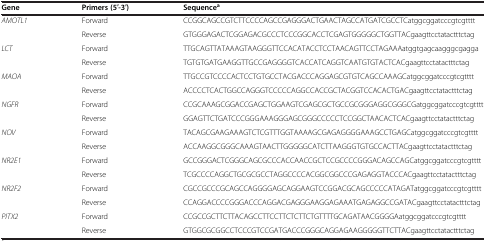
| Gene | Primers (5′-3′) | Sequencea |
 | --- | --- | --- |
 | AMOTL1 | Forward | CCGGCAGCCGTCTTCCCCAGCCGAGGGACTGAACTAGCCATGATCGCCTCatggcggatcccgtcgtttt |
 |  | Reverse | GTGGGAGACTCGGAGACGCCCTCCCGGCACCTCGAGTGGGGGCTGGTTACgaagttcctatactttctag |
 | LCT | Forward | TTGCAGTTATAAAGTAAGGGTTCCACATACCTCCTAACAGTTCCTAGAAAatggtgagcaagggcgagga |
 |  | Reverse | TGTGTGATGAAGGTTGCCGAGGGGTCACCATCAGGTCAATGTGTACTCACgaagttcctatactttctag |
 | MAOA | Forward | TTGCCGTCCCCACTCCTGTGCCTACGACCCAGGAGCGTGTCAGCCAAAGCatggcggatcccgtcgtttt |
 |  | Reverse | ACCCCTCACTGGCCAGGGTCCCCCAGGCCACCGCTACGGTCCACACTGACgaagttcctatactttctag |
 | NGFR | Forward | CCGCAAAGCGGACCGAGCTGGAAGTCGAGCGCTGCCGCGGGAGGCGGGCGatggcggatcccgtcgtttt |
 |  | Reverse | GGAGTTCTGATCCCGGGAAAGGGAGCGGGCCCCCTCCGGCTAACACTCACgaagttcctatactttctag |
 | NOV | Forward | TACAGCGAAGAAAGTCTCGTTTGGTAAAAGCGAGAGGGGAAAGCCTGAGCatggcggatcccgtcgtttt |
 |  | Reverse | ACCAAGGCGGGCAAAGTAACTTGGGGGCATCTTAAGGGTGTGCCACTTACgaagttcctatactttctag |
 | NR2E1 | Forward | GCCGGGACTCGGGCAGCGCCCACCAACCGCTCCGCCCCGGGACAGCCAGCatggcggatcccgtcgtttt |
 |  | Reverse | TCGCCCCAGGCTGCGCGCCTAGGCCCCACGGCGGCCCGAGAGGTACCCACgaagttcctatactttctag |
 | NR2F2 | Forward | CGCCGCCCGCAGCCAGGGGAGCAGGAAGTCCGGACGCAGCCCCCATAGATatggcggatcccgtcgtttt |
 |  | Reverse | CCAGGACCCCGGGACCCAGGACGAGGGAAGGAGAAATGAGAGGCCGATACgaagttcctatactttctag |
 | PITX2 | Forward | CCGCCGCTTCTTACAGCCTTCCTTCTCTTCTGTTTTGCAGATAACGGGGAatggcggatcccgtcgtttt |
 |  | Reverse | GTGGCGCGGCCTCCCGTCCGATGACCCGGGCAGGAGAAGGGGGTTCTTACgaagttcctatactttctag |